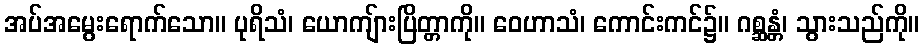
အပ်အမွေးရောက်သော။ ပုရိသံ၊ ယောကျ်ားပြိတ္တာကို။ ဝေဟာသံ၊ ကောင်းကင်၌။ ဂစ္ဆန္တံ၊ သွားသည်ကို။